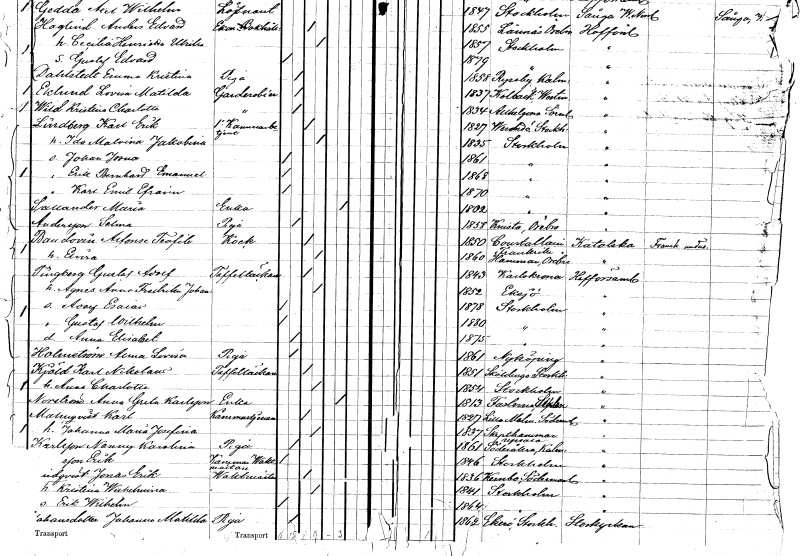
gt_parse: households: individuals: FN: Karl Erik
EN: Lindberg
YRKE: Kammarbetjänt 1:a
KON: M
CIV: G
FODAR: 1827
FODFORS: Värmdö Stockholms län
FN: Ida Malvina Jakobina
KON: K
CIV: G
FODAR: 1835
FODFORS: Stockholm
FN: Johan Jorma
KON: M
CIV: O
FODAR: 1861
FODFORS: Stockholm
FN: Erik Bernhard Emanuel
KON: M
CIV: O
FODAR: 1868
FODFORS: Stockholm
FN: Karl Emil Efraim
KON: M
CIV: O
FODAR: 1870
FODFORS: Stockholm
FN: Maria
EN: Sallander
YRKE: Änka
KON: K
CIV: E
FODAR: 1802
FODFORS: Stockholm
FN: Selma
EN: Andersson
YRKE: Piga
KON: K
CIV: O
FODAR: 1858
FODFORS: Knista Örebro län
FN: Alfonse Teofile
EN: Baudovin
YRKE: Kock
KON: M
CIV: G
FODAR: 1850
FN: Elvira
KON: K
CIV: G
FODAR: 1860
FODFORS: Hammar Örebro län
FN: Gustaf Adolf
EN: Tingberg
YRKE: Taffeltäckare
KON: M
CIV: G
FODAR: 1843
FODFORS: Karlskrona Blekinge län
FN: Agnes Anna Fredrika Johanna
KON: K
CIV: G
FODAR: 1852
FODFORS: Eksjö Jönköpings län
FN: Adolf Esaias
KON: M
CIV: O
FODAR: 1878
FODFORS: Stockholm
FN: Gustaf Wilhelm
KON: M
CIV: O
FODAR: 1880
FODFORS: Stockholm
FN: Anna Elisabet
KON: K
CIV: O
FODAR: 1875
FODFORS: Stockholm
FN: Alma Lovisa
EN: Holmström
YRKE: Piga
KON: K
CIV: O
FODAR: 1861
FODFORS: Nyköping Södermanlands län
FN: Karl Nikolaus
EN: Kjöld
YRKE: Taffeltäckare
KON: M
CIV: G
FODAR: 1851
FODFORS: Sköldinge Södermanlands län
FN: Anna Charlotta
KON: K
CIV: G
FODAR: 1854
FODFORS: Stockholm
FN: Anna Greta
EN: Norström Karlsson
YRKE: Änka
KON: K
CIV: E
FODAR: 1813
FODFORS: Fasterna Stockholms län
FN: Karl
EN: Mamqvist
YRKE: Kammartjänare
KON: M
CIV: G
FODAR: 1827
FODFORS: Lilla Malma Södermanlands län
FN: Johanna Maria Josefina
KON: K
CIV: G
FODAR: 1837
FODFORS: Skäfthammar Uppsala län
FN: Nanny Karolina
EN: Karlsson
YRKE: Piga
KON: K
CIV: O
FODAR: 1861
FODFORS: Söderåkra Kalmar län
FN: Erik
EN: Jansson
YRKE: Kammarvaktmästare
KON: M
CIV: O
FODAR: 1846
FODFORS: Stockholm
FN: Jonas Erik
EN: Lindqvist
YRKE: Vaktmästare
KON: M
CIV: G
FODAR: 1836
FODFORS: Kärnbo Södermanlands län
FN: Kristina Wilhelmina
KON: K
CIV: G
FODAR: 1841
FODFORS: Stockholm
FN: Erik Wilhelm
KON: M
CIV: O
FODAR: 1864
FODFORS: Stockholm
FN: Johanna Matilda
EN: Johansdotter
YRKE: Piga
KON: K
CIV: O
FODAR: 1862
FODFORS: Ekerö Stockholms län